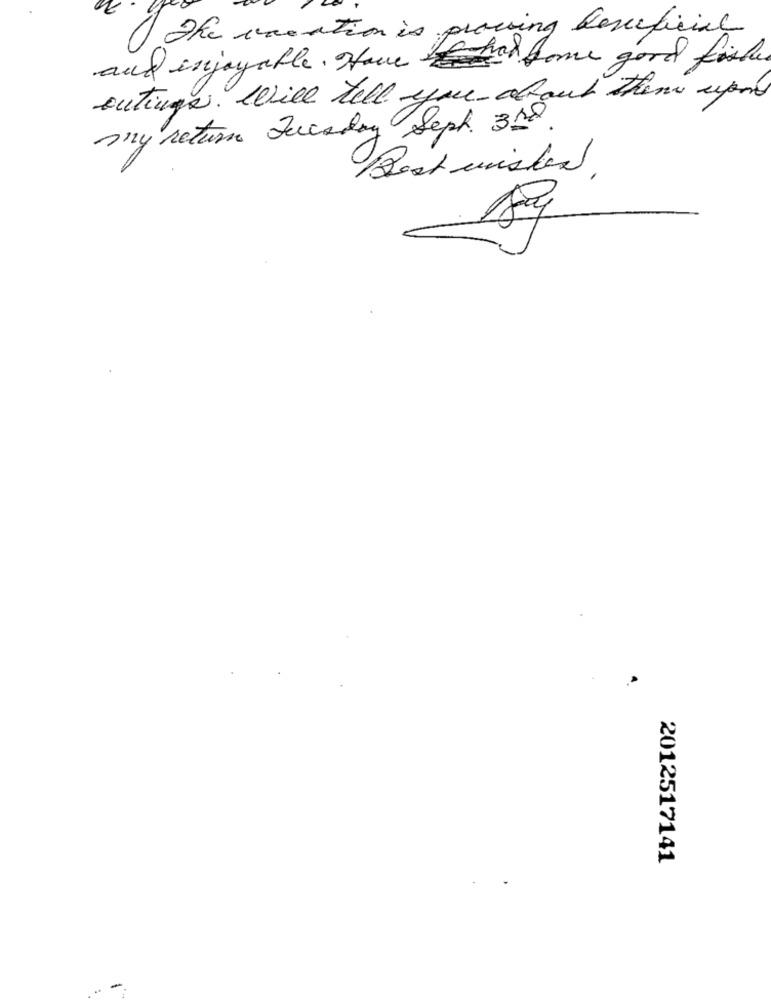
The creation is proving beneficial
and enjoyable . Have If has
had some good fisher
outings. Will tell you about theme upon
my return Tuesday Sept. 3Rd.
Best wishes,
2012517141